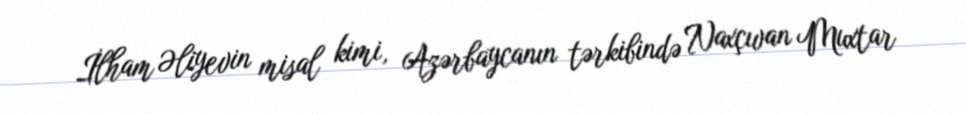
İlham Əliyevin misal kimi, Azərbaycanın tərkibində Naxçıvan Muxtar